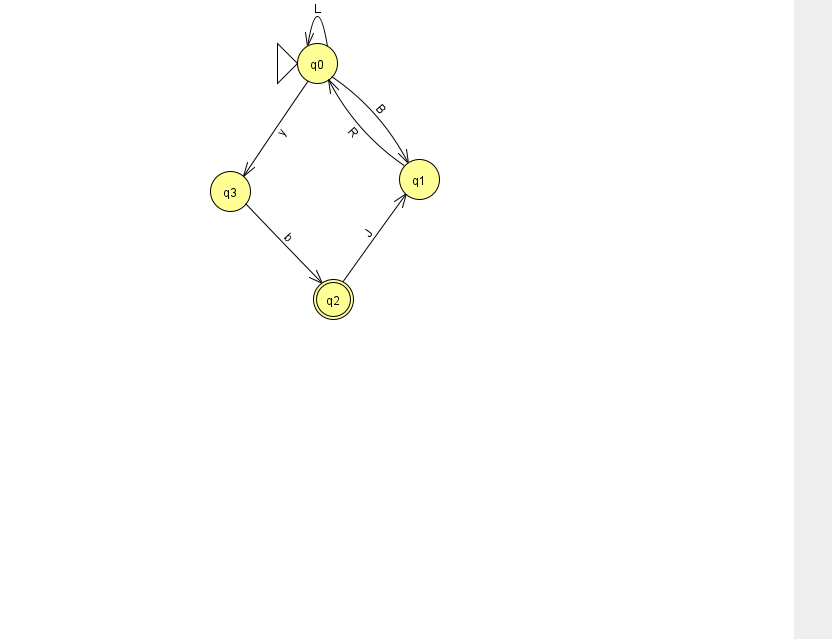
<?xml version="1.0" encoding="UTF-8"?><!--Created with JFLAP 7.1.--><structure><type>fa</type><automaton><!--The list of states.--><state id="0" name="q0"><x>317.0</x><y>50.0</y><initial/></state><state id="1" name="q1"><x>419.0</x><y>166.0</y></state><state id="2" name="q2"><x>333.0</x><y>286.0</y><final/></state><state id="3" name="q3"><x>230.0</x><y>178.0</y></state><!--The list of transitions.--><transition><from>0</from><to>1</to><read>B</read></transition><transition><from>1</from><to>0</to><read>R</read></transition><transition><from>2</from><to>1</to><read>J</read></transition><transition><from>3</from><to>2</to><read>b</read></transition><transition><from>0</from><to>3</to><read>y</read></transition><transition><from>0</from><to>0</to><read>L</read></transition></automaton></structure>